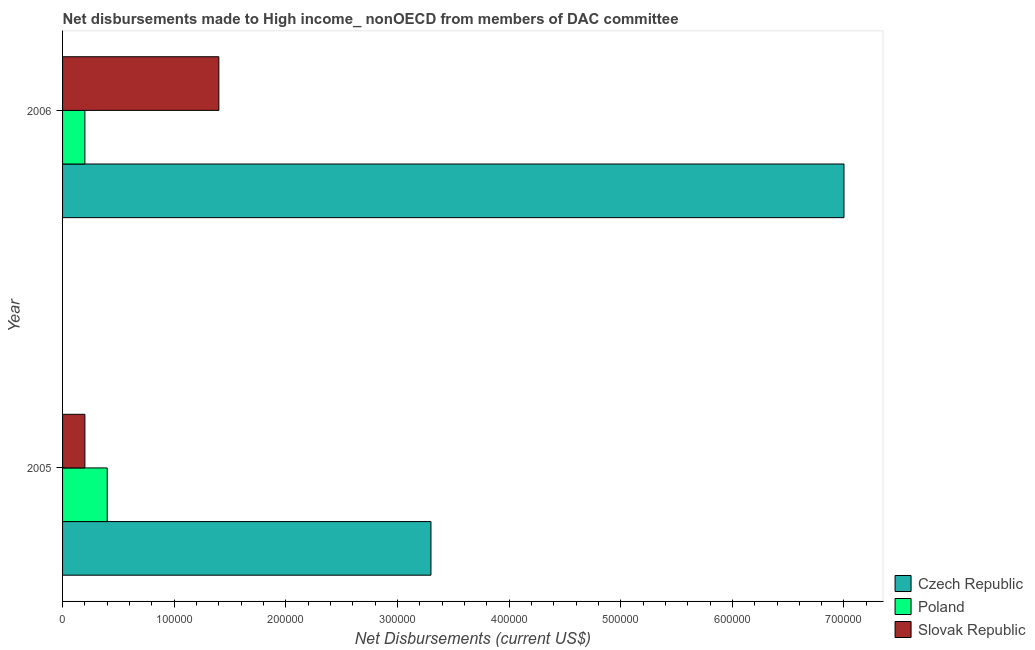
| Year | Czech Republic | Poland | Slovak Republic |
 | --- | --- | --- | --- |
 | 2005 | 3.3e+05 | 4e+04 | 2e+04 |
 | 2006 | 7e+05 | 2e+04 | 1.4e+05 |